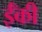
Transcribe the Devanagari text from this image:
ईँकी